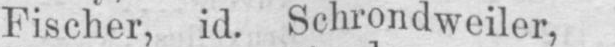
Fischer, id. Schrondweiler,